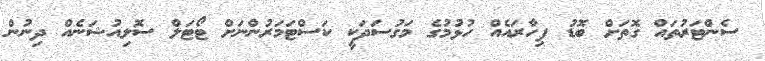
ސެންޓަރުތައް ގޮތަށް ބޮޑު ފިހާރައެއް ހުޅުމުގެ މަގުސަދަކީ ކަސްޓަމަރުންނަށް ޓޯޓަލް ސޮލިއުޝަނެއް ދިނުން